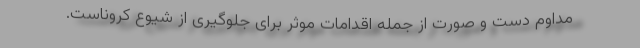
مداوم دست و صورت از جمله اقدامات موثر برای جلوگیری از شیوع کروناست.